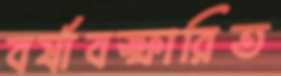
বর্ষাবস্ফারিত